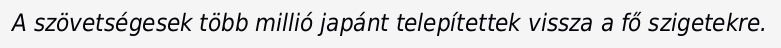
A szövetségesek több millió japánt telepítettek vissza a fő szigetekre.